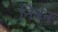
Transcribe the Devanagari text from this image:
निर्बन